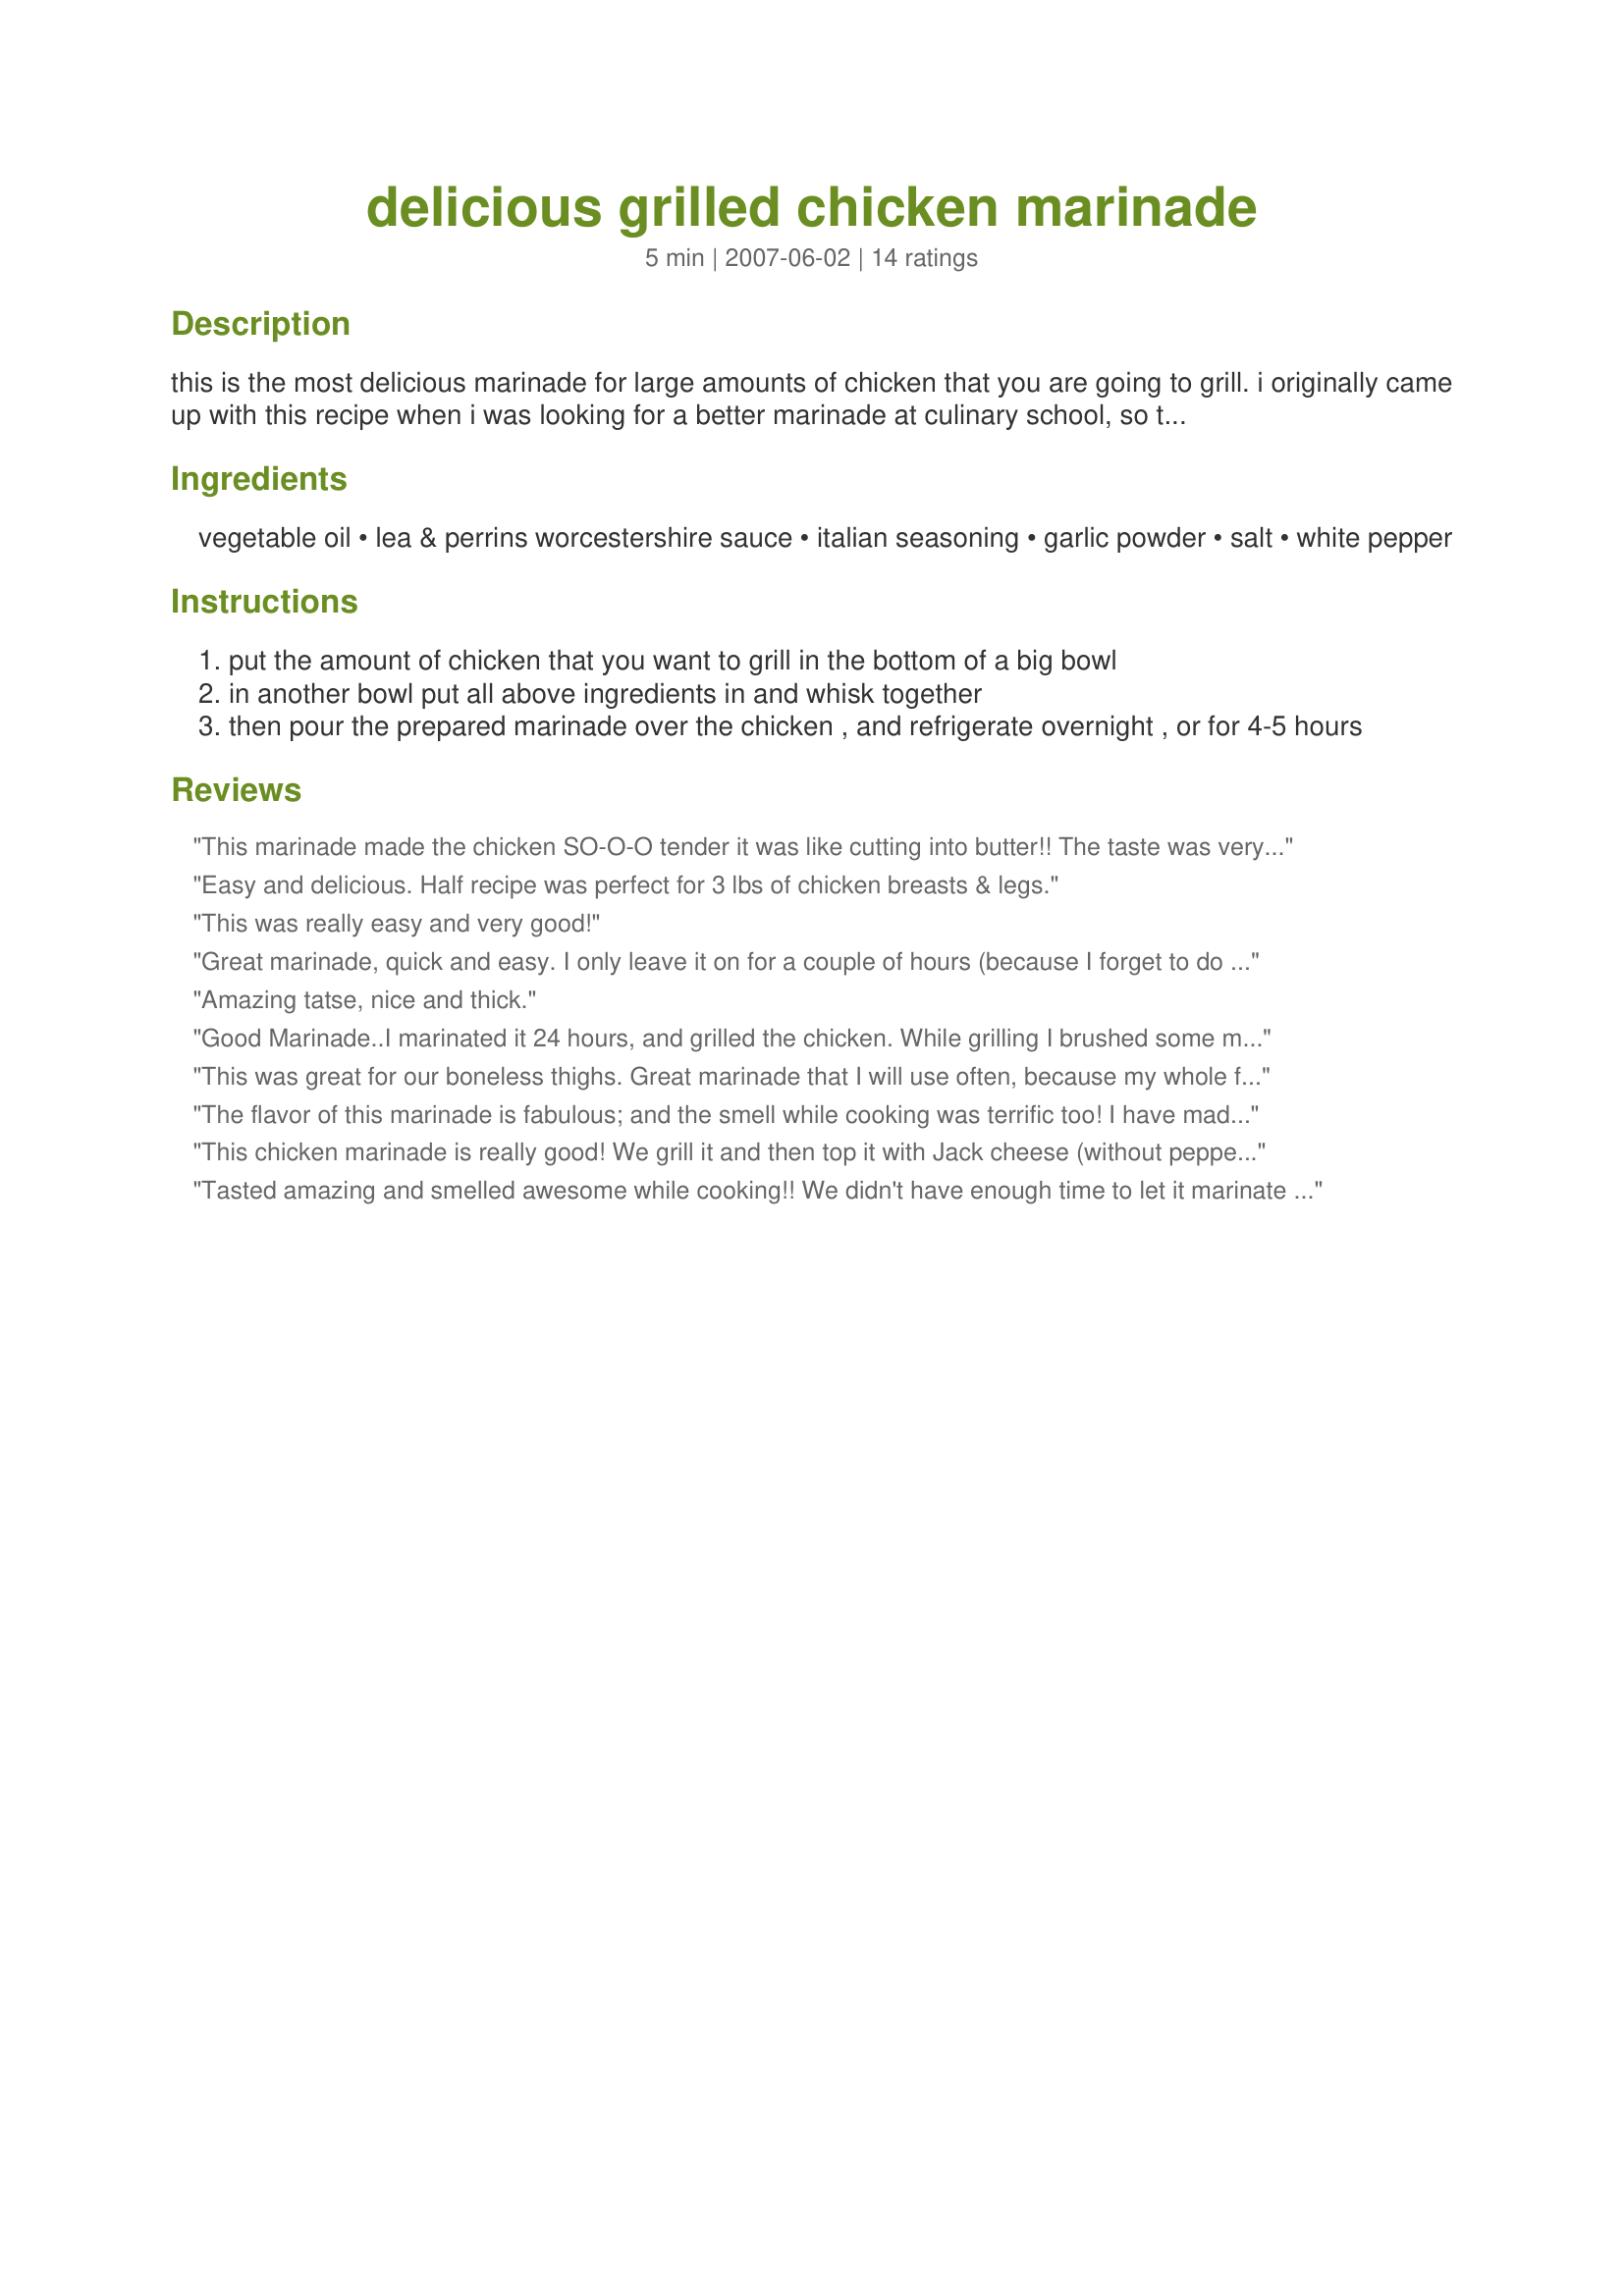
delicious grilled chicken marinade
Preparation time: 5 minutes

this is the most delicious marinade for large amounts of chicken that you are going to grill. i originally came up with this recipe when i was looking for a better marinade at culinary school, so the original recipe called for a bottle of lea & perrins, and a cup of veg. oil, but i wanted more depth of flavor then that, so i added a lot of different combinations of herbs until i came up with this one. and it makes the chicken moist and delicious.

Ingredients:
vegetable oil, lea & perrins worcestershire sauce, italian seasoning, garlic powder, salt, white pepper

Steps:
put the amount of chicken that you want to grill in the bottom of a big bowl
in another bowl put all above ingredients in and whisk together
then pour the prepared marinade over the chicken , and refrigerate overnight , or for 4-5 hours

Reviews:
This marinade made the chicken SO-O-O tender it was like cutting into butter!! The taste was very good too. Will be making this one alot!! Made for PAC Spring 2010.
Easy and delicious. Half recipe was perfect for 3 lbs of chicken breasts & legs.
This was really easy and very good!
Great marinade, quick and easy. I only leave it on for a couple of hours (because I forget to do it earlier) and it&#039;s still excellent.
Amazing tatse, nice and thick.
Good Marinade..I marinated it 24 hours, and grilled the chicken. While grilling I brushed some more since I had plenty leftover on the chicken after turning it on the grill. Made for a great dinner. Made for I recommend.
This was great for our boneless thighs. Great marinade that I will use often, because my whole family loved the chicken!
The flavor of this marinade is fabulous; and the smell while cooking was terrific too! I have made a similar recipe for years, but this is equally easy and I think it just tastes better! I did reduce the recipe by 2/3's and grilled my chicken breasts on an indoor grill. I'll certainly be going back to this again! Thanks for sharing, PatisserieFan! Made for Spring PAC 2010 - http://www.recipezaar.com/bb/viewtopic.zsp?t=327498&postdays=0&postorder=asc&start=0
This chicken marinade is really good! We grill it and then top it with Jack cheese (without peppers), grilled onions, tomatoes, cilantro, &amp; feta cheese. Tastes like Saltgrass's Laredo Chicken. We have served this to large crowds. Very pretty, flavorful dish.
Tasted amazing and smelled awesome while cooking!! We didn't have enough time to let it marinate for hours so we actually let the chicken defrost in it. It was very flavorful and juicy. Next time we will know it has to marinate longer...but for those in a hurry, the chicken will still taste awesome if you don't have hours to marinate. Oh, and one more thing we did was brush the marinade while grilling! :P
Excellent! prepped it on my lunch and 5 hours later we grilled it over charcoal and it was awesome. Great recipe.
I was looking for a simple, basic marinade and this one is definitely a winner. I let it marinate overnight and grilled the chicken the next day. It gives the chicken a wonderful flavor and I'll definitely be using it again in the future.
After marinating for about 11 hours and cooked on the grill over medium low heat the result was very moist and tasty chicken. :) Thanks for posting. *Made for Spring 2010 PAC*
This marinade is great! I left my chicken to marinade all of the day whilst I was working and it made the most delicious dinner! We had a chicken breast each for dinner, then the next day I slow cooked the rest of the chicken and shredded it - honestly amazing - we had lunch and dinner for a couple more days with this fabulous marinade!
